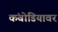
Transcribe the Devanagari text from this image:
कंबोडियावर